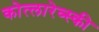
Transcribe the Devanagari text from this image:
कोत्लारेव्स्की